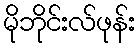
မိုဘိုင်းလ်ဖုန်း